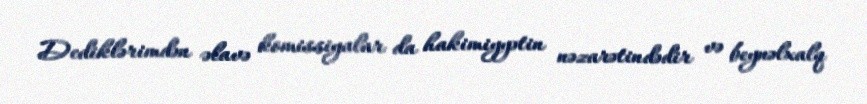
Dediklərimdən əlavə komissiyalar da hakimiyyətin nəzarətindədir və beynəlxalq